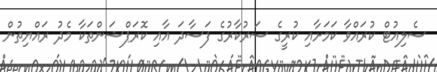
ސެލިއުޓް ކުރައްވާ ކަމަށާއި ކުރީގެ ސަރުކާރުގެ ފަސާދަ އާއި ކޮރަޕްޝަންތަކާ މެދު ރައްޔިތުން